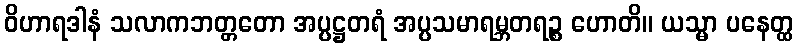
ဝိဟာရဒါနံ သလာကဘတ္တတော အပ္ပဋ္ဌတရံ အပ္ပသမာရမ္ဘတရဉ္စ ဟောတိ။ ယသ္မာ ပနေတ္ထ